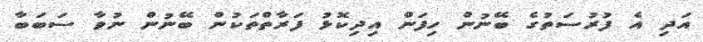
އަދި އެ ފުރުސަތުގެ ބޭނުން ހިފަން އިދިކޮޅު ފަރާތްތަކުން ބޭނުން ނުވާ ސަބަބާ